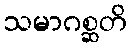
သမာဂစ္ဆတိ